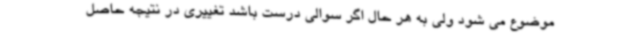
موضوع می شود ولی به هر حال اگر سوالی درست باشد تغییری در نتیجه حاصل